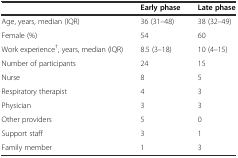
<table><thead><tr><td></td><td><b>Early phase</b></td><td><b>Late phase</b></td></tr></thead><tbody><tr><td>Age, years, median (IQR)</td><td>36 (31–48)</td><td>38 (32–49)</td></tr><tr><td>Female (%)</td><td>54</td><td>60</td></tr><tr><td>Work experience<sup>†</sup>, years, median (IQR)</td><td>8.5 (3–18)</td><td>10 (4–15)</td></tr><tr><td>Number of participants</td><td>24</td><td>15</td></tr><tr><td>Nurse</td><td>8</td><td>5</td></tr><tr><td>Respiratory therapist</td><td>4</td><td>3</td></tr><tr><td>Physician</td><td>3</td><td>3</td></tr><tr><td>Other providers</td><td>5</td><td>0</td></tr><tr><td>Support staff</td><td>3</td><td>1</td></tr><tr><td>Family member</td><td>1</td><td>3</td></tr></tbody></table>